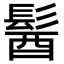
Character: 𩭓